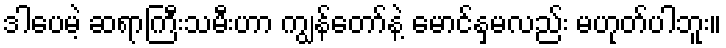
ဒါပေမဲ့ ဆရာကြီးသမီးဟာ ကျွန်တော်နဲ့ မောင်နှမလည်း မဟုတ်ပါဘူး။